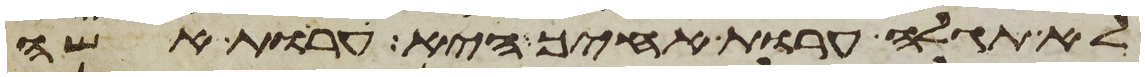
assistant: לא תגלה ערות אחיך היא ערות אשה